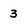
Character: 3